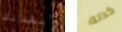
أنقذتك كذلك